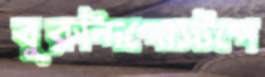
বুরুন্দিপোস্টপে